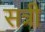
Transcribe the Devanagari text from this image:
सत्री